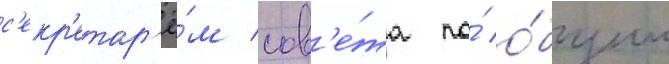
с'екр'етар'ё́м сов'е́та по́ о́бщим